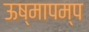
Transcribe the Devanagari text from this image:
ऊष्मापम्प